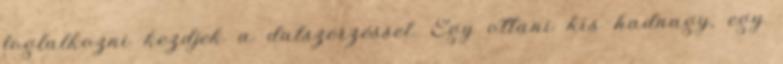
foglalkozni kezdjek a dalszerzéssel. Egy ottani kis hadnagy, egy